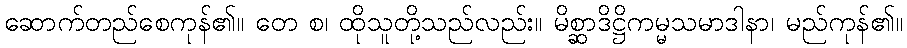
ဆောက်တည်စေကုန်၏။ တေ စ၊ ထိုသူတို့သည်လည်း။ မိစ္ဆာဒိဋ္ဌိကမ္မသမာဒါနာ၊ မည်ကုန်၏။